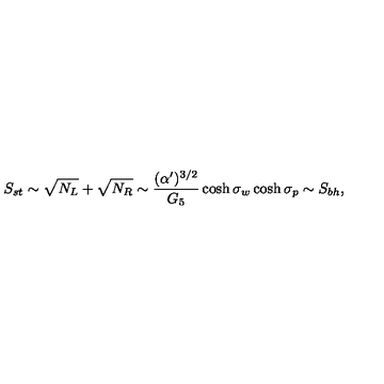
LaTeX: S _ { s t } \sim \sqrt { N _ { L } } + \sqrt { N _ { R } } \sim { \frac { ( \alpha ^ { \prime } ) ^ { 3 / 2 } } { G _ { 5 } } } \cosh \sigma _ { w } \cosh \sigma _ { p } \sim S _ { b h } ,